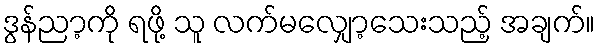
ဒွန်ညာ့ကို ရဖို့ သူ လက်မလျှော့သေးသည့် အချက်။